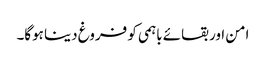
امن اور بقائے باہمی کو فروغ دینا ہوگا۔